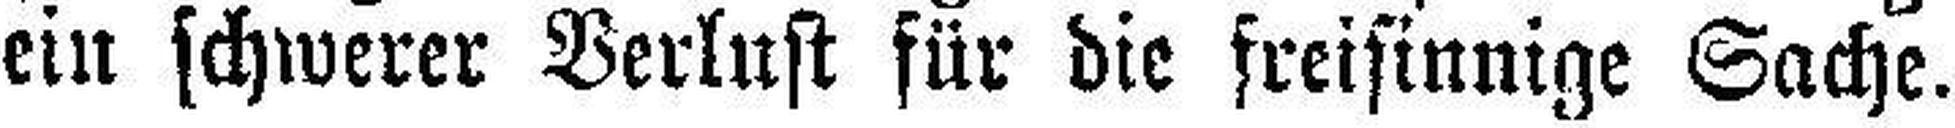
ein schwerer Verlust für die freisinnige Sache.